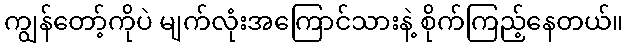
ကျွန်တော့်ကိုပဲ မျက်လုံးအကြောင်သားနဲ့ စိုက်ကြည့်နေတယ်။